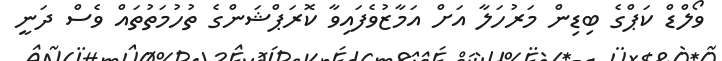
ވޯލްޑް ކަޕްގެ ބިޑިން މަރުހަލާ އަށް އަމާޒުވެފައިވާ ކޮރަޕްޝަންގެ ތުހުމަތުތައް ވެސް ދަނީ